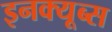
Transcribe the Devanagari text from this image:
इनक्यूब्स